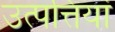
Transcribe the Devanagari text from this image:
उत्पत्तियां